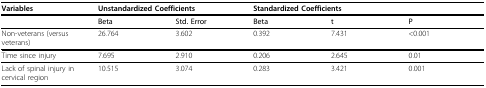
<table><thead><tr><td><b>Variables</b></td><td colspan="2"><b>Unstandardized Coefficients</b></td><td colspan="3"><b>Standardized Coefficients</b></td></tr></thead><tbody><tr><td></td><td><b>Beta</b></td><td><b>Std. Error</b></td><td><b>Beta</b></td><td><b>t</b></td><td><b>P</b></td></tr><tr><td>Non-veterans (versus veterans)</td><td>26.764</td><td>3.602</td><td>0.392</td><td>7.431</td><td>&lt;0.001</td></tr><tr><td>Time since injury</td><td>7.695</td><td>2.910</td><td>0.206</td><td>2.645</td><td>0.01</td></tr><tr><td>Lack of spinal injury in cervical region</td><td>10.515</td><td>3.074</td><td>0.283</td><td>3.421</td><td>0.001</td></tr></tbody></table>